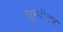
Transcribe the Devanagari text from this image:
शुम्पीटर